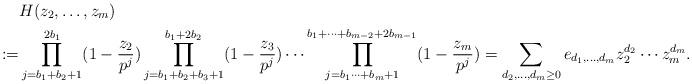
LaTeX: \begin{align*}&H(z_2,\dots,z_m)\\:=&\prod_{j= b_1+b_2+1}^{2b_1}(1-\frac{z_2}{p^j}) \prod_{j= b_1+b_2+b_3+1}^{b_1+2b_2}(1-\frac{z_3}{p^j}) \cdots\prod_{j= b_1\dots+b_m+1}^{b_1+\dots+b_{m-2}+2b_{m-1}}(1-\frac{z_m}{p^j})=\sum_{d_2,\dots,d_m \geq 0} e_{d_1,\dots,d_m} z_2^{d_2} \cdots z_m^{d_m}.\end{align*}